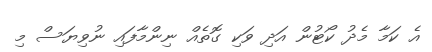
އެ ކަމާ މެދު ކޯޓުން އަދި ވަކި ގޮތެއް ނިންމާފައި ނުވިޔަސް މި